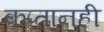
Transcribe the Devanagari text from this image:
कप्तानही